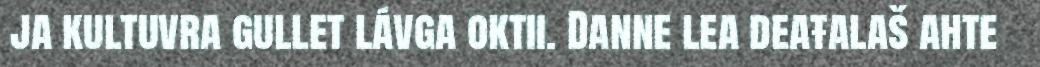
ja kultuvra gullet lávga oktii. Danne lea deaŧalaš ahte